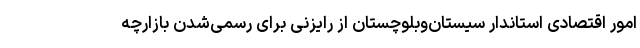
امور اقتصادی استاندار سیستان‌وبلوچستان از رایزنی برای رسمی‌شدن بازارچه